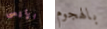
الأقصى بالهجوم